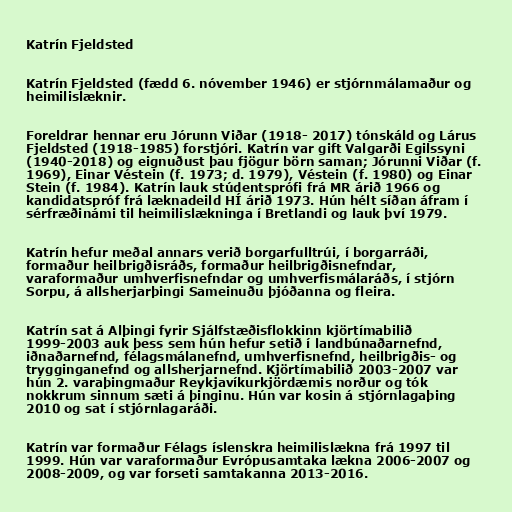
Katrín Fjeldsted

Katrín Fjeldsted (fædd 6. nóvember 1946) er stjórnmálamaður og
heimilislæknir.

Foreldrar hennar eru Jórunn Viðar (1918- 2017) tónskáld og Lárus
Fjeldsted (1918-1985) forstjóri. Katrín var gift Valgarði Egilssyni
(1940-2018) og eignuðust þau fjögur börn saman; Jórunni Viðar (f.
1969), Einar Véstein (f. 1973; d. 1979), Véstein (f. 1980) og Einar
Stein (f. 1984). Katrín lauk stúdentsprófi frá MR árið 1966 og
kandidatspróf frá læknadeild HÍ árið 1973. Hún hélt síðan áfram í
sérfræðinámi til heimilislækninga í Bretlandi og lauk því 1979.

Katrín hefur meðal annars verið borgarfulltrúi, í borgarráði,
formaður heilbrigðisráðs, formaður heilbrigðisnefndar,
varaformaður umhverfisnefndar og umhverfismálaráðs, í stjórn
Sorpu, á allsherjarþingi Sameinuðu þjóðanna og fleira.

Katrín sat á Alþingi fyrir Sjálfstæðisflokkinn kjörtímabilið
1999-2003 auk þess sem hún hefur setið í landbúnaðarnefnd,
iðnaðarnefnd, félagsmálanefnd, umhverfisnefnd, heilbrigðis- og
trygginganefnd og allsherjarnefnd. Kjörtímabilið 2003-2007 var
hún 2. varaþingmaður Reykjavíkurkjördæmis norður og tók
nokkrum sinnum sæti á þinginu. Hún var kosin á stjórnlagaþing
2010 og sat í stjórnlagaráði.

Katrín var formaður Félags íslenskra heimilislækna frá 1997 til
1999. Hún var varaformaður Evrópusamtaka lækna 2006-2007 og
2008-2009, og var forseti samtakanna 2013-2016.